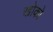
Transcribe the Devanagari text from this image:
खोको